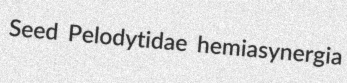
Seed Pelodytidae hemiasynergia